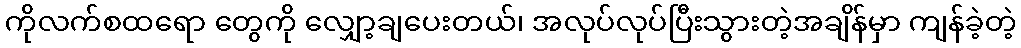
ကိုလက်စထရော တွေကို လျှော့ချပေးတယ်၊ အလုပ်လုပ်ပြီးသွားတဲ့အချိန်မှာ ကျန်ခဲ့တဲ့